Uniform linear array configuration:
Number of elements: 12
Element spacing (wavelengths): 0.5
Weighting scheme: cosine
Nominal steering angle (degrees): -45
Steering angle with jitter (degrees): -44.908
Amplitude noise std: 0.05
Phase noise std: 0.05

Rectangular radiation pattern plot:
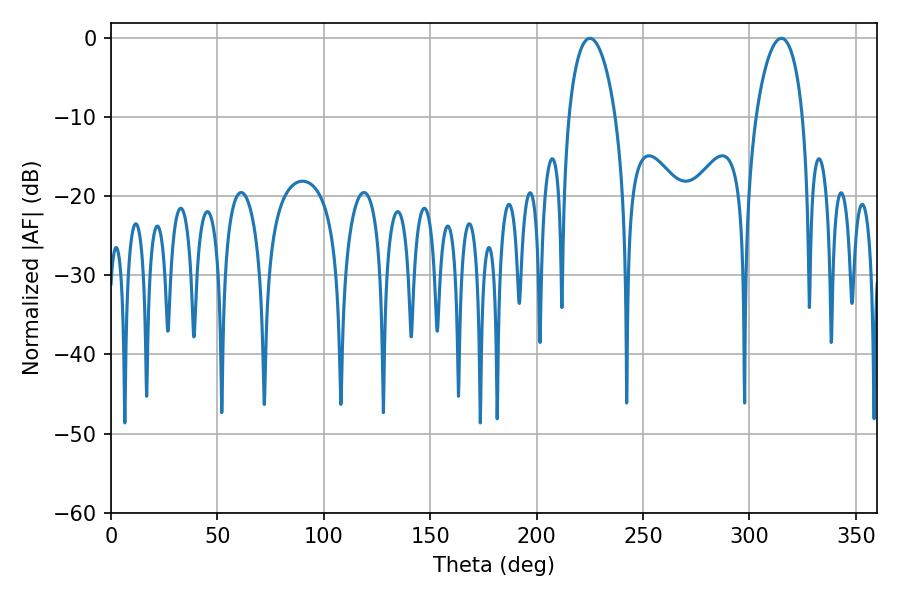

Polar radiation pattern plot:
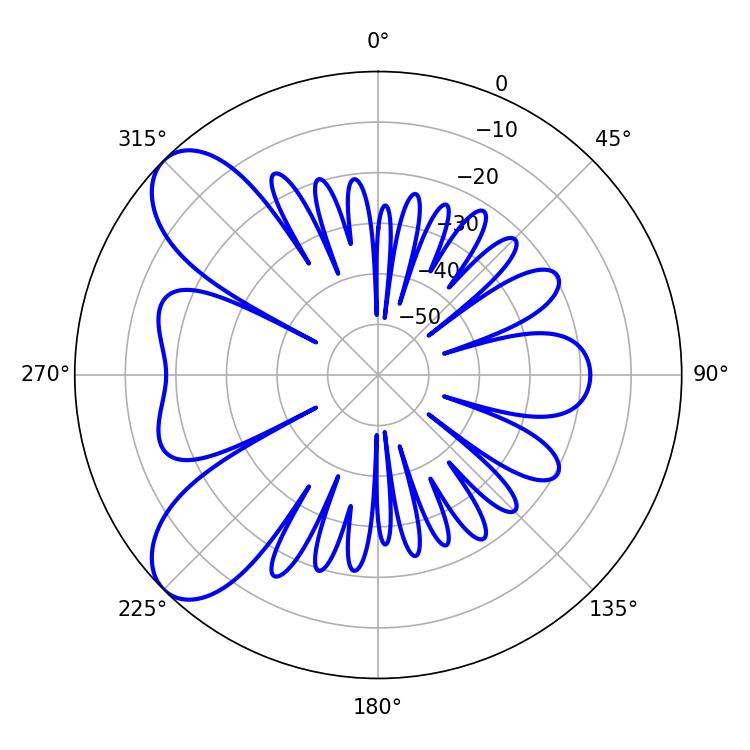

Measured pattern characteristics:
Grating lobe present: FALSE
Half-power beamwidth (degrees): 12.6
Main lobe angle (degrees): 225